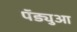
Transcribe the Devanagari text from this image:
पॅड्युआ